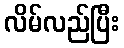
လိမ်လည်ပြီး